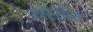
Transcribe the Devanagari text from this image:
काटेरहित